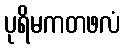
ပုရိမကတဖလံ